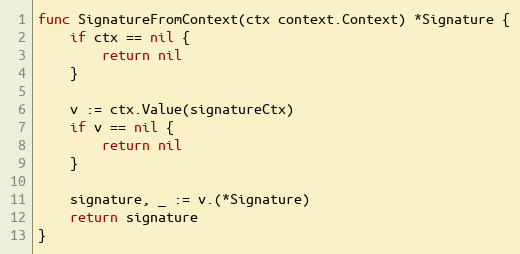
Language: Go
func SignatureFromContext(ctx context.Context) *Signature {
	if ctx == nil {
		return nil
	}

	v := ctx.Value(signatureCtx)
	if v == nil {
		return nil
	}

	signature, _ := v.(*Signature)
	return signature
}